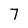
Character: 7